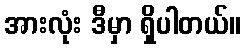
အားလုံး ဒီမှာ ရှိပါတယ်။